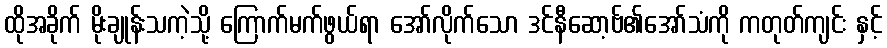
ထိုအခိုက် မိုးချုန်းသကဲ့သို့ ကြောက်မက်ဖွယ်ရာ အော်လိုက်သော ဒင်နီဆော့ဗ်၏အော်သံကို ကတုတ်ကျင်း နှင့်